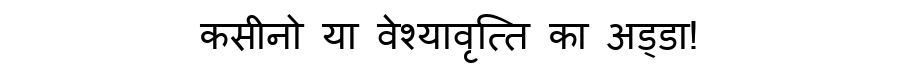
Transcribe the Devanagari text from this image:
कसीनो या वेश्यावृत्ति का अड्डा!